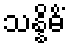
သန္နိဓိံ